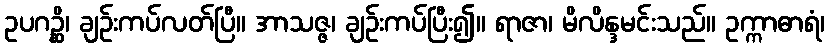
ဥပဂဉ္ဆိ၊ ချဉ်းကပ်လတ်ပြီ။ အာသဇ္ဇ၊ ချဉ်းကပ်ပြီး၍။ ရာဇာ၊ မိလိန္ဒမင်းသည်။ ဥက္ကာဓာရံ၊